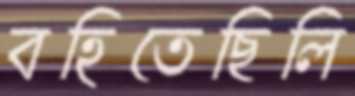
বহিতেছিলি